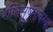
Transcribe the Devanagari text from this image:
शीतसुषुप्तावस्था